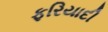
ફરિયાદી